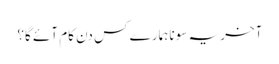
آخر یہ سونا ہمارے کس دن کام آئے گا؟